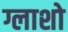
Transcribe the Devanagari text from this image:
ग्लाशो